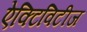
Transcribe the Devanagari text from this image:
ऐक्टिविटीज